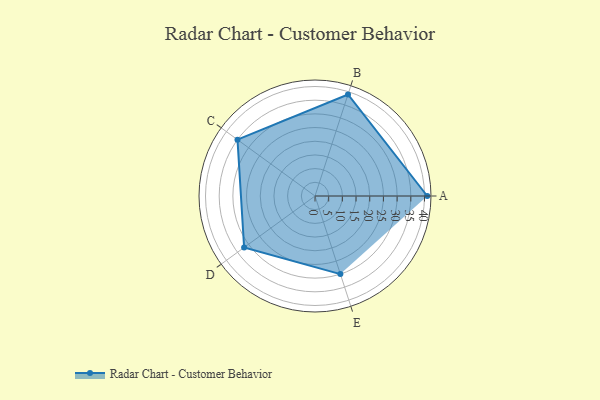
{"axis": {"x": "Skill", "y": "Score"}, "legend": ["Profile"], "data": [{"x": "A", "y": 41.0, "type": "Profile"}, {"x": "B", "y": 39.0, "type": "Profile"}, {"x": "C", "y": 35.0, "type": "Profile"}, {"x": "D", "y": 32.0, "type": "Profile"}, {"x": "E", "y": 30.0, "type": "Profile"}]}